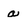
Character: a